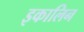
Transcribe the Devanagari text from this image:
इकालिन